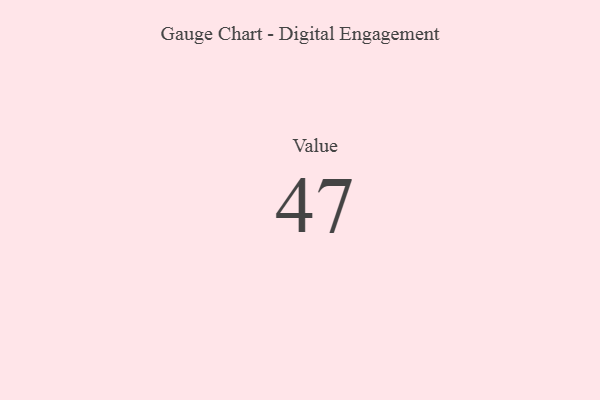
{"axis": {"x": "Metric", "y": "Value"}, "legend": [""], "data": [{"x": "Value", "y": 47, "type": ""}]}